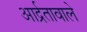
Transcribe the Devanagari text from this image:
आर्द्रतावाले